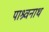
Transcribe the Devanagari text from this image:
पाश्र्वनाथ